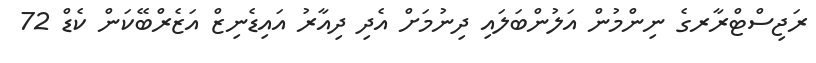
ރަޖިސްޓްރާރގެ ނިންމުން އަލުންބަލައި ދިނުމަށް އެދި ދިއާރު އައިޑެނިޒް އަޒެރްބޭކަން ކެޑް 72